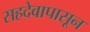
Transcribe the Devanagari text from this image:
सहदेवापासून